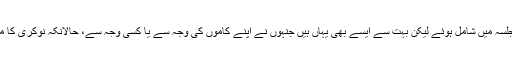
نئی نئی نوکریاں تھی لیکن چھوڑ کے آگئے اور جلسہ میں شامل ہوئے لیکن بہت سے ایسے بھی یہاں ہیں جنہوں نے اپنے کاموں کی وجہ سے یا کسی وجہ سے، حالانکہ نوکری کا مسئلہ نہیں تھا، جلسہ میں شمولیت اختیار نہیں کی۔